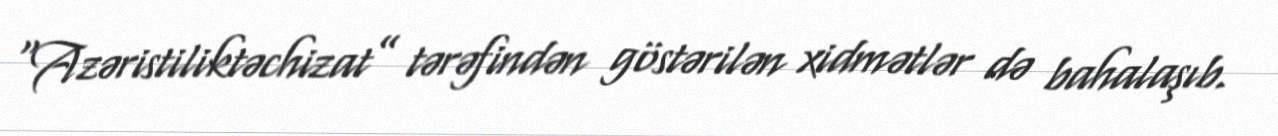
“Azəristiliktəchizat” tərəfindən göstərilən xidmətlər də bahalaşıb.